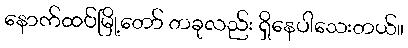
နောက်ထပ်မြို့တော် တခုလည်း ရှိနေပါသေးတယ်။